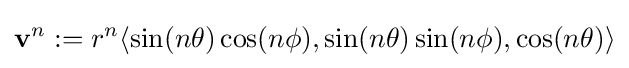
\mathbf {v} ^{n}:=r^{n}\langle \sin(n\theta )\cos(n\phi ),\sin(n\theta )\sin(n\phi ),\cos(n\theta )\rangle